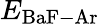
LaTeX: E_{\mathrm{BaF-Ar}}